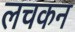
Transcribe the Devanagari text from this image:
लचकन